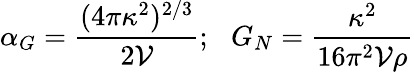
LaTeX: \alpha_{G}={\frac{(4\pi\kappa^{2})^{2/3}}{2\mathcal{V}}};\, \, \, \, G_{N}={\frac{\kappa^{2}}{16\pi^{2}\mathcal{V}\rho}}